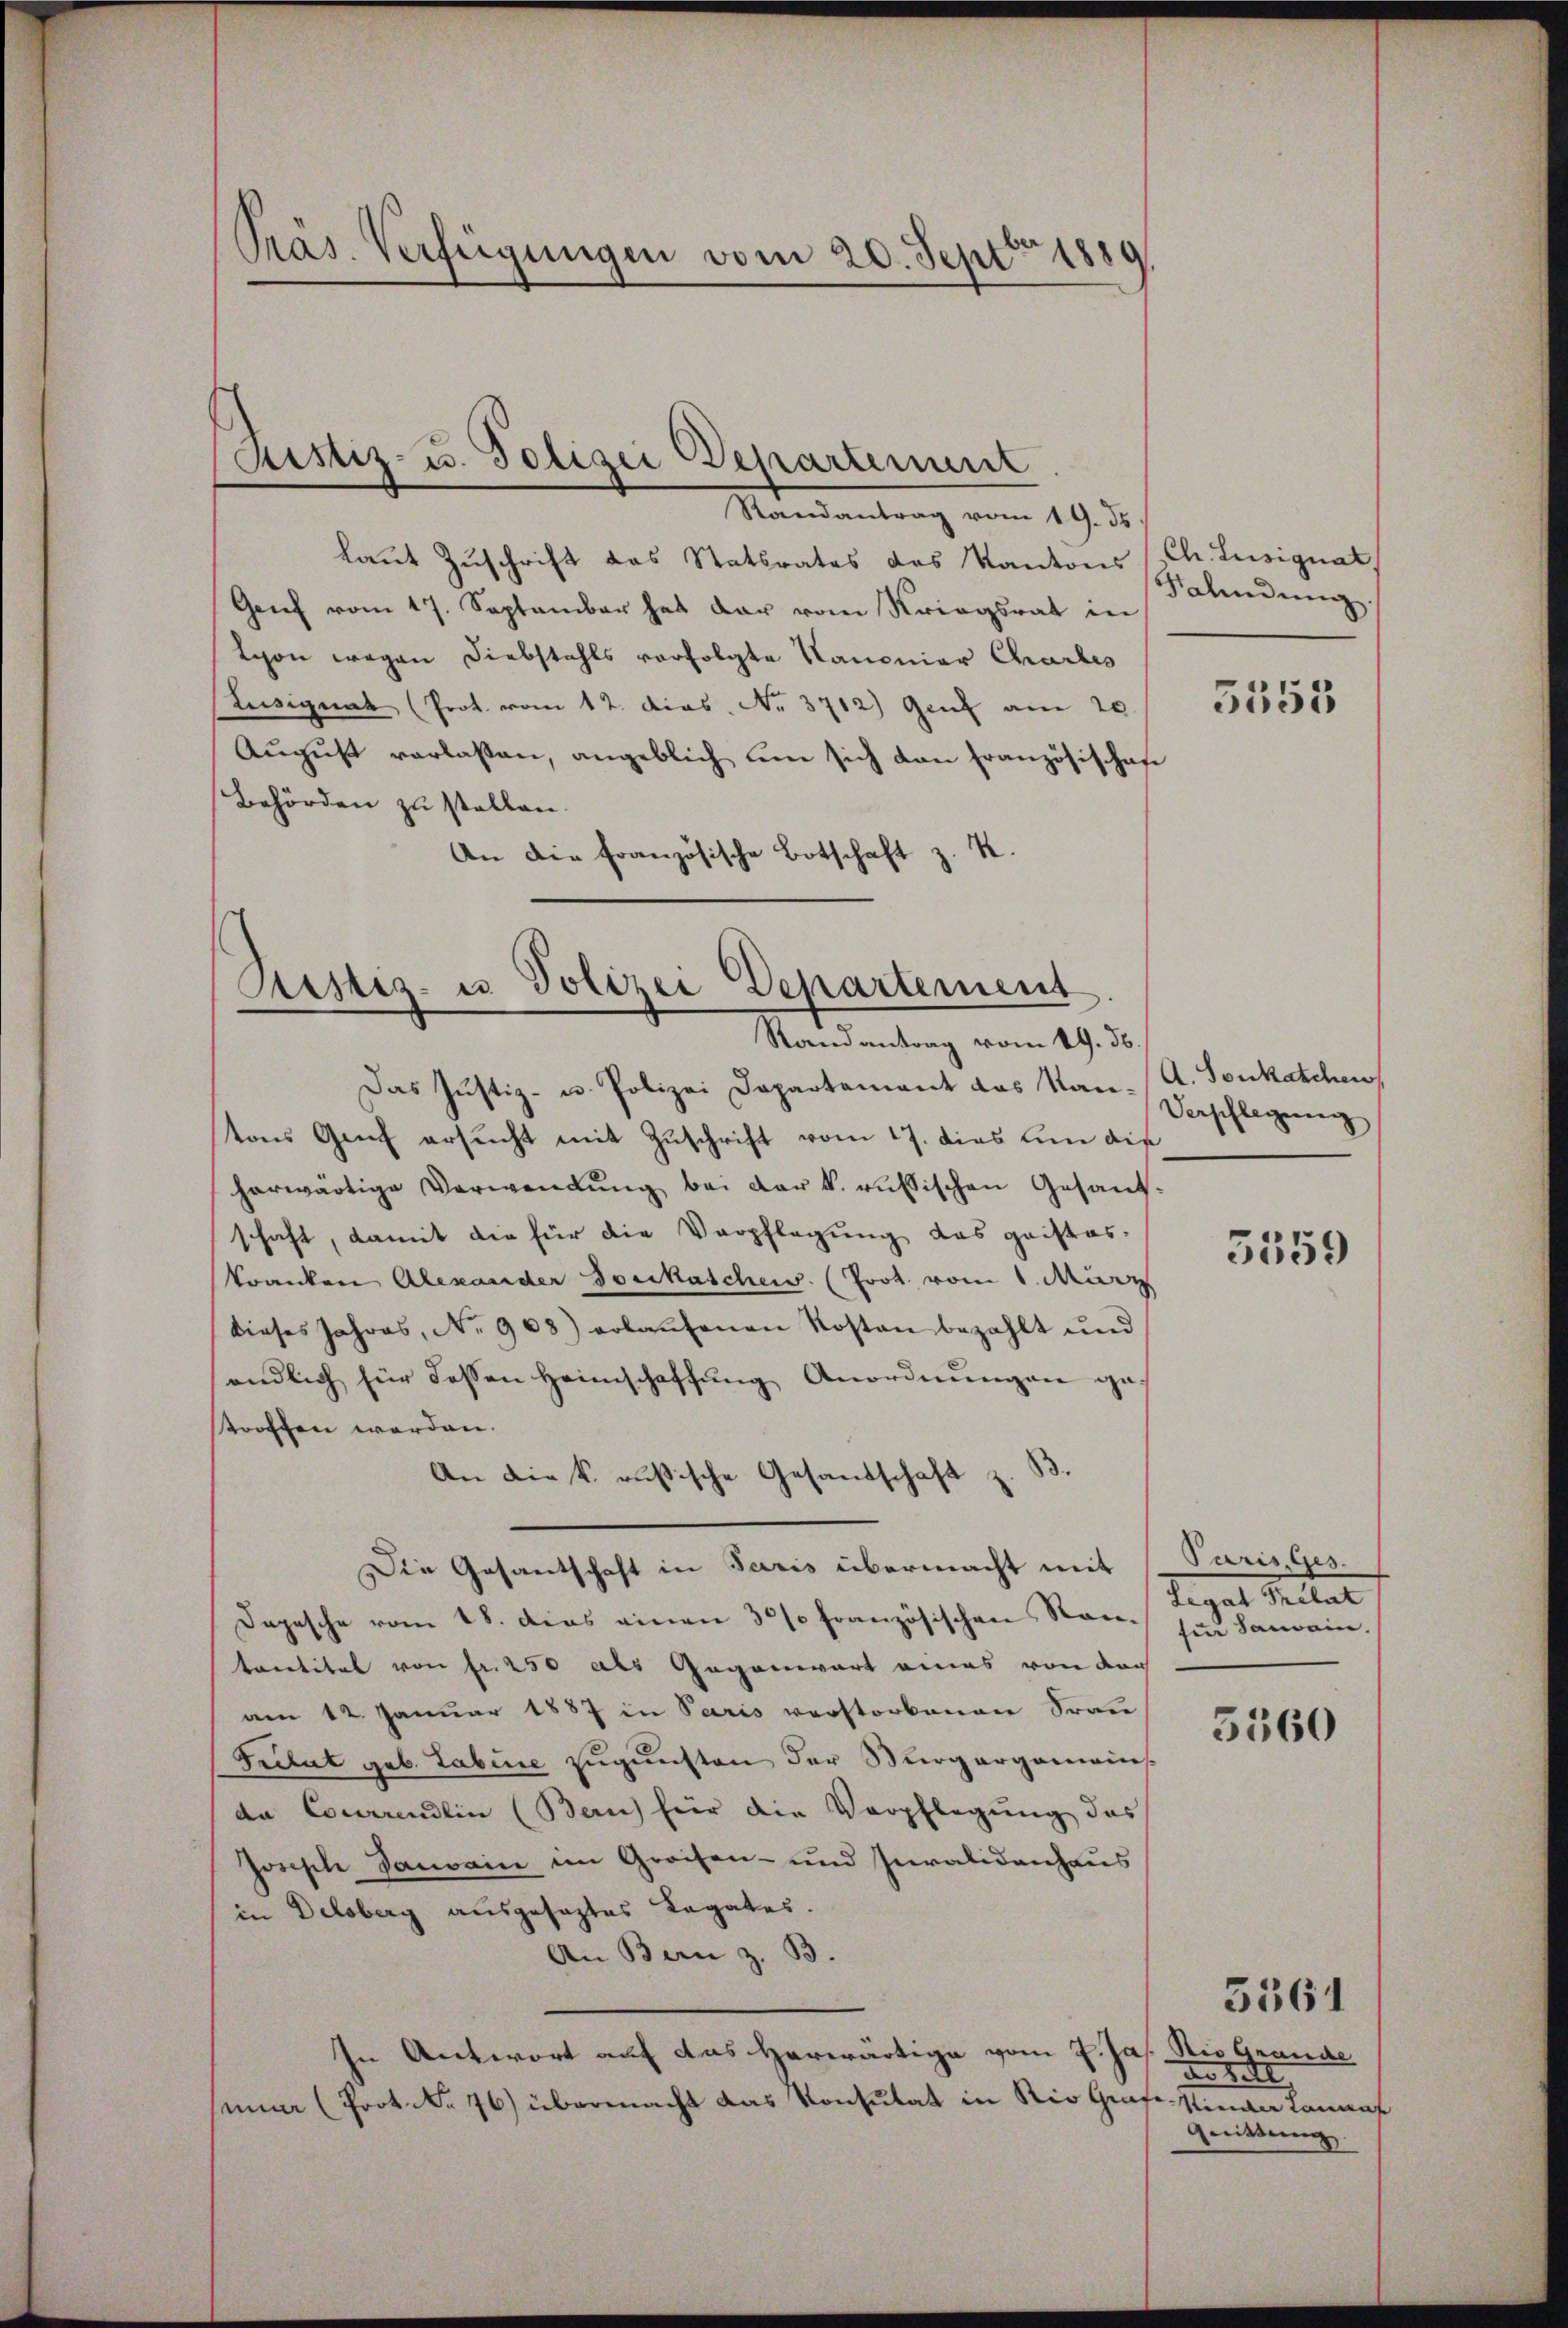
laut Zuschrift das Statsrates des Kantons
Genf vom 17. September hat dar vom Kriegsrat in
Schon wegen Diebstahls verfolgte Kanonier Charles
Stusignat (Prot. vom 12. dios. No. 3712) Genf am 20.
Aŭgŭst verlaßen, angeblich um sich dan Französischaf
Behörden zu stellen.
An die französische Botschaft z. R.

Präs. Verfügungen vom 20. Sept 1889

Ristiz- u. Polizei Departement
Randantrag vom 19. ds.

Justiz- u Polizei Departement
Randantrag vom 19. ds.

Das Justiz- u. Polizei Departement das Kantons Genf ersucht mit Zuschrift vom 17. dies um die
herwärtige Verwendŭng bei der k. russischen Gesandschaft, damit die für die Verpflegung das gaisteskranken Alexander Soukasches. (Prot. vom 1. März
dieses Jahres, No. 968) erlaŭfenen Kosten bezahlt und
endlich für dessen Heimschaffung Anordnungen ge
troffen werden.
An die k. russische Gesandschaft z. B.
Die Gesantschaft in Paris übermacht mit
Dopesche vom 18. dies einen 30% französischen Stan-
tantitel von fr. 250 als Gegenwart eines von der
am 12. Januar 1887 in Paris verstorbenen Fran
Frelat geb. Labine zugunsten der Burgergemein-
da Courrendlin (Bern) für die Verpflegung das
Jorische Danvain im Greifen- und Invalidenhaus
in Delsberg ausgesagtes Legates.
An Bern z. B.
In Antwort auf das herwärtige vom 7. Ja
nina (Prot. No 76) übermacht das Konsulat in Rio Grafe. Nieder Lannat

Ch. Lusignat
Falindung.

5555

A. Tonkatchen
Verpflegung

3559

Paris Ges.
Tegel Seiter
fer Sanain.

5560

Rei Grande
den Bett,
quittung

5361